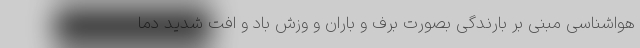
هواشناسی مبنی بر بارندگی بصورت برف و باران و وزش باد و افت شدید دما